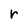
Character: r